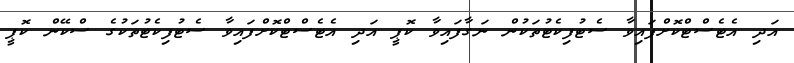
އަދި އެޓެސްޓްކޮށްފައިވާ ސެޓުފިކެޓުތަކުން ނަގާފައިވާ ކޮޕީ އަދި އެޓެސްޓްކޮށްފައިވާ ސެޓުފިކެޓުތަކުގެ ސްކޭން ކޮޕީ